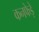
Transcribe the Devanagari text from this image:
कनफेड़े